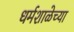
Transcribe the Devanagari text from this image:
धर्मशाळेच्या